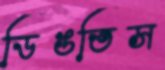
ডিঙতিস